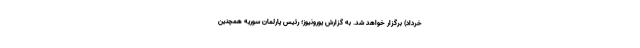
خرداد) برگزار خواهد شد. به گزارش یورونیوز؛ رئیس پارلمان سوریه همچنین